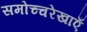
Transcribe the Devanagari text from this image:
समोच्चरेखाएँ